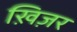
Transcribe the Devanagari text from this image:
ख़िज़र